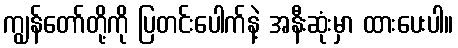
ကျွန်တော်တို့ကို ပြတင်းပေါက်နဲ့ အနီးဆုံးမှာ ထားပေးပါ။